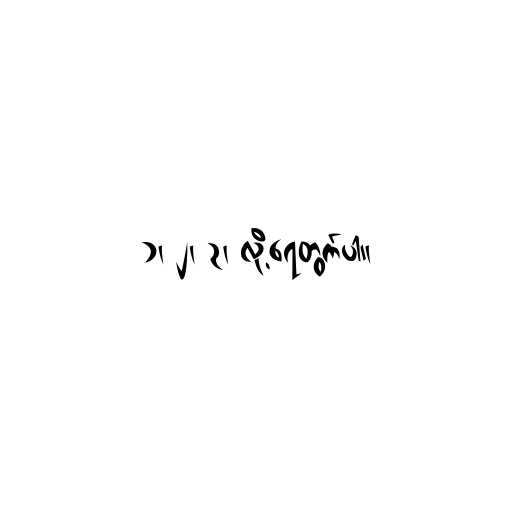
၁၊ ၂၊ ၃၊ လို့ရေတွက်ပါ။